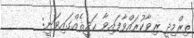
ތިރްމިޛީ ރިވާކުރައްވާފައިވާ ޙަދީޘެއްގައިވަނީ: